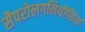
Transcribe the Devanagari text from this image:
सैपरोलगनियोसिस